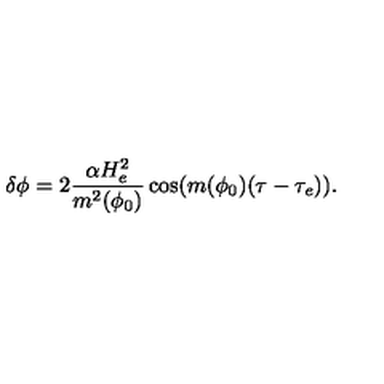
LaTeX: \delta \phi = 2 \frac { \alpha H _ { e } ^ { 2 } } { m ^ { 2 } ( \phi _ { 0 } ) } \cos ( m ( \phi _ { 0 } ) ( \tau - \tau _ { e } ) ) .